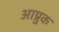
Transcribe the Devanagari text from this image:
आप्रुक